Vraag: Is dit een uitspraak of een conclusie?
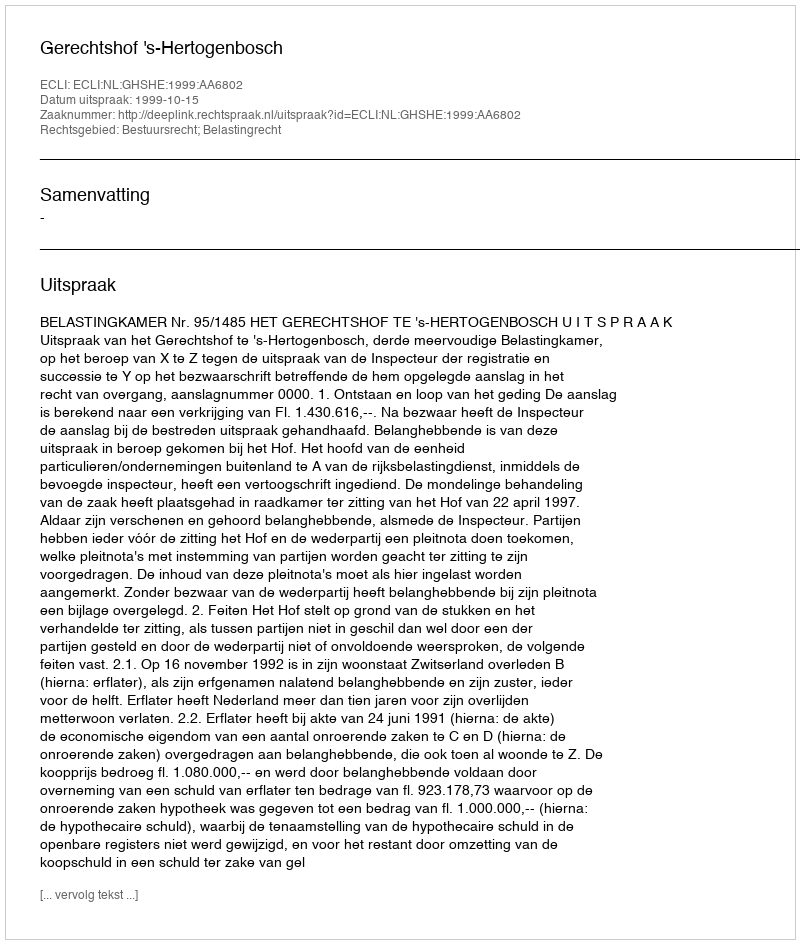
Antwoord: Uitspraak